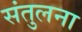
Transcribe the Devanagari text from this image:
संतुलना